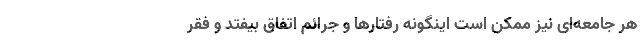
هر جامعه‌ای نیز ممکن است اینگونه رفتارها و جرائم اتفاق بیفتد و فقر